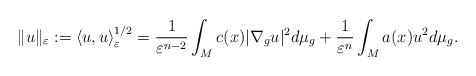
\begin{align*}\Vert u\Vert_{\varepsilon}:=\left\langle u,u\right\rangle _{\varepsilon}^{1/2}=\frac{1}{\varepsilon^{n-2}}\int_{M}c(x)|\nabla_{g}u|^{2}d\mu_{g}+\frac{1}{\varepsilon^{n}}\int_{M}a(x)u^{2}d\mu_{g}.\end{align*}